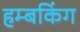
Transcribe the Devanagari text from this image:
हम्बकिंग